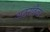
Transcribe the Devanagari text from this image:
अठरावेळा